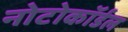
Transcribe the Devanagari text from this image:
नोटोकॉर्डल